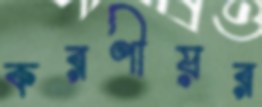
করণীয়র